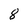
Character: 8